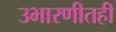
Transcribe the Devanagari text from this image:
उभारणीतही